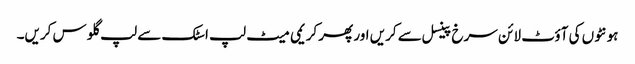
ہو نٹوں کی آؤٹ لا ئن سرخ پینسل سے کریں اور پھر کریمی میٹ لپ اسٹک سے لپ گلو س کریں۔